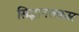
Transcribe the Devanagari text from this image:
सिद्धानतकार